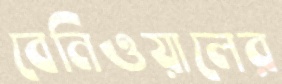
বেনিওয়ালের